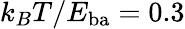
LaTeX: k_{B}T/E_{\mathrm{ba}}=0.3